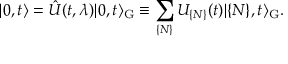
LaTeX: \vert 0 , t \rangle = \hat { U } ( t , \lambda ) \vert 0 , t \rangle _ { \mathrm { G } } \equiv \sum _ { \{ { \cal N } \} } U _ { \{ { \cal N } \} } ( t ) \vert \{ { \cal N } \} , t \rangle _ { \mathrm { G } } .